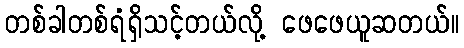
တစ်ခါတစ်ရံရှိသင့်တယ်လို့ ဖေဖေယူဆတယ်။